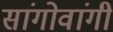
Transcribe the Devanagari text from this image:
सांगोवांगी